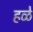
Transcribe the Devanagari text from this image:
हळे